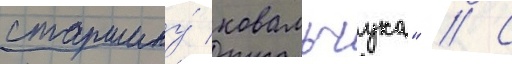
старшину́ ковальчука" // С